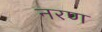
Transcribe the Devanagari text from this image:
नरण